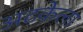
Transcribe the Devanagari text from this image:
अटकेला